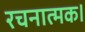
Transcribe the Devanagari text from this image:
रचनात्मक।